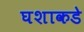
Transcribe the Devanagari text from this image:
घशाकडे